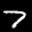
Label: 7